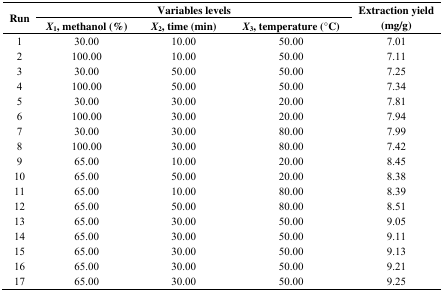
| <ROWSPAN=3> Run | <COLSPAN=3> Variables levels | <ROWSPAN=3> Extraction yield (mg/g) |
 | X1, methanol (%) | X2, time (min) | X3, temperature (°C) |
 | --- | --- | --- | --- | --- |
 | 1 | 30.00 | 10.00 | 50.00 | 7.01 |
 | 2 | 100.00 | 10.00 | 50.00 | 7.11 |
 | 3 | 30.00 | 50.00 | 50.00 | 7.25 |
 | 4 | 100.00 | 50.00 | 50.00 | 7.34 |
 | 5 | 30.00 | 30.00 | 20.00 | 7.81 |
 | 6 | 100.00 | 30.00 | 20.00 | 7.94 |
 | 7 | 30.00 | 30.00 | 80.00 | 7.99 |
 | 8 | 100.00 | 30.00 | 80.00 | 7.42 |
 | 9 | 65.00 | 10.00 | 20.00 | 8.45 |
 | 10 | 65.00 | 50.00 | 20.00 | 8.38 |
 | 11 | 65.00 | 10.00 | 80.00 | 8.39 |
 | 12 | 65.00 | 50.00 | 80.00 | 8.51 |
 | 13 | 65.00 | 30.00 | 50.00 | 9.05 |
 | 14 | 65.00 | 30.00 | 50.00 | 9.11 |
 | 15 | 65.00 | 30.00 | 50.00 | 9.13 |
 | 16 | 65.00 | 30.00 | 50.00 | 9.21 |
 | 17 | 65.00 | 30.00 | 50.00 | 9.25 |